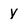
Character: y